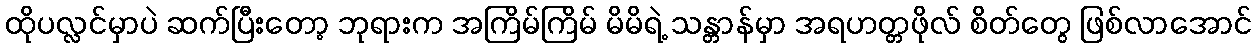
ထိုပလ္လင်မှာပဲ ဆက်ပြီးတော့ ဘုရားက အကြိမ်ကြိမ် မိမိရဲ့ သန္တာန်မှာ အရဟတ္တဖိုလ် စိတ်တွေ ဖြစ်လာအောင်